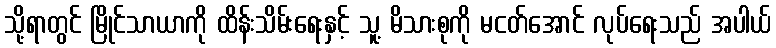
သို့ရာတွင် မြိုင်သာယာကို ထိန်းသိမ်းရေးနှင့် သူ့ မိသားစုကို မငတ်အောင် လုပ်ရေးသည် အပါယ်